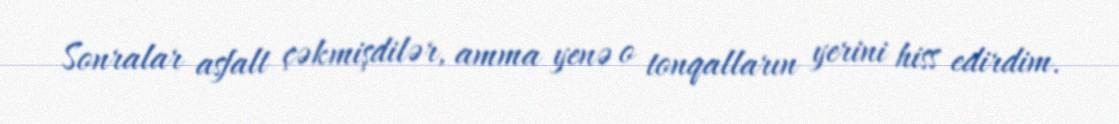
Sonralar asfalt çəkmişdilər, amma yenə o tonqalların yerini hiss edirdim.